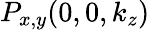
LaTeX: P_{x,y}(0,0,k_{z})